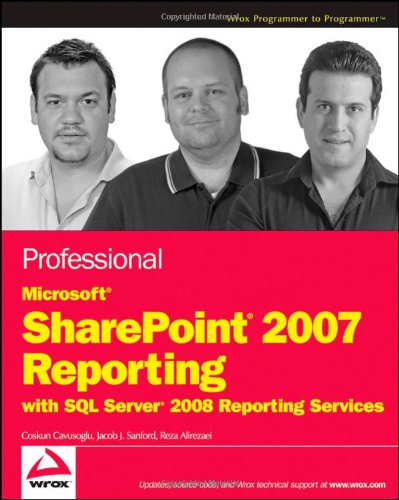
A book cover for Professional Microsoft SharePoint 2007 Reporting with SQL Server 2008 Reporting Services; Coskun Cavusoglu; Computers & Technology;